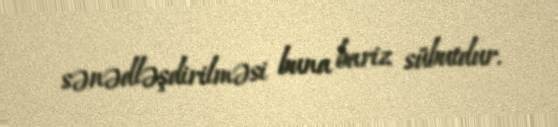
sənədləşdirilməsi buna bariz sübutdur.